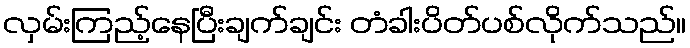
လှမ်းကြည့်နေပြီးချက်ချင်း တံခါးပိတ်ပစ်လိုက်သည်။